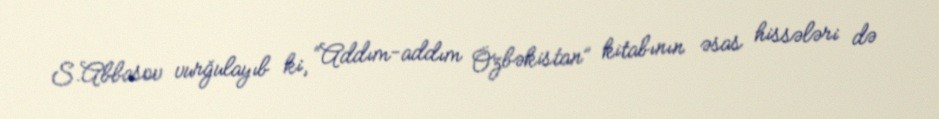
S.Abbasov vurğulayıb ki, “Addım-addım Özbəkistan” kitabının əsas hissələri də